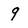
Character: 9